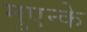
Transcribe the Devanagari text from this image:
मुएन्के